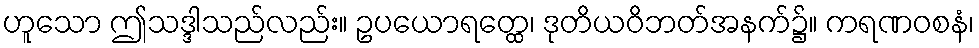
ဟူသော ဤသဒ္ဒါသည်လည်း။ ဥပယောရတ္ထေ၊ ဒုတိယဝိဘတ်အနက်၌။ ကရဏဝစနံ၊